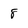
Character: 8